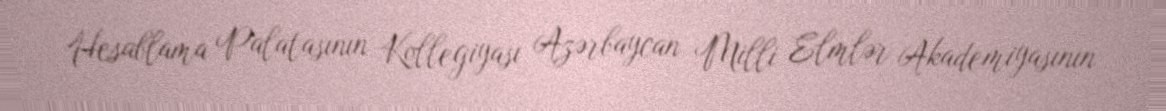
Hesablama Palatasının Kollegiyası Azərbaycan Milli Elmlər Akademiyasının